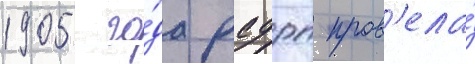
1905 го́да рсдрп пров'ела́